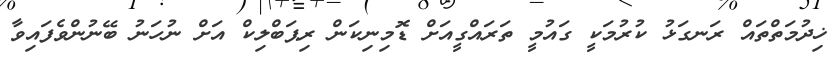
ޚިދުމަތްތައް ރަނގަޅު ކުރުމަކީ ގައުމީ ތަރައްގީއަށް ޑޮމިނިކަން ރިޕަބްލިކް އަށް ނުހަނު ބޭނުންވެފައިވާ